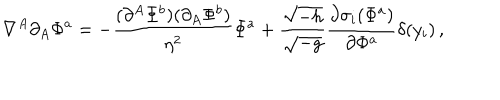
\nabla ^ { A } \partial _ { A } \Phi ^ { a } = - { \frac { ( \partial ^ { A } \Phi ^ { b } ) ( \partial _ { A } \Phi ^ { b } ) } { \eta ^ { 2 } } } \Phi ^ { a } + { \frac { \sqrt { - h } } { \sqrt { - g } } } { \frac { \partial \sigma _ { i } ( \Phi ^ { a } ) } { \partial \Phi ^ { a } } } \delta ( y _ { i } ) \, ,